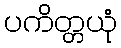
ပကိတ္တယုံ